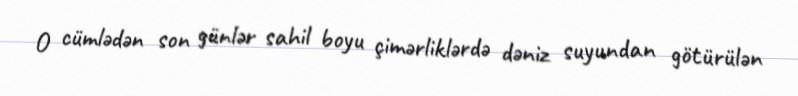
O cümlədən son günlər sahil boyu çimərliklərdə dəniz suyundan götürülən